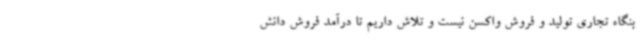
بنگاه تجاری تولید و فروش واکسن نیست و تلاش داریم تا درآمد فروش دانش